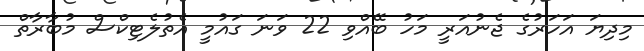
މިދިޔަ އަހަރުގެ ޖެނުއަރީ މަހު ބޭއްވި 22 ވަނަ ގައުމީ އެތުލެޓިކްސް މުބާރާތް